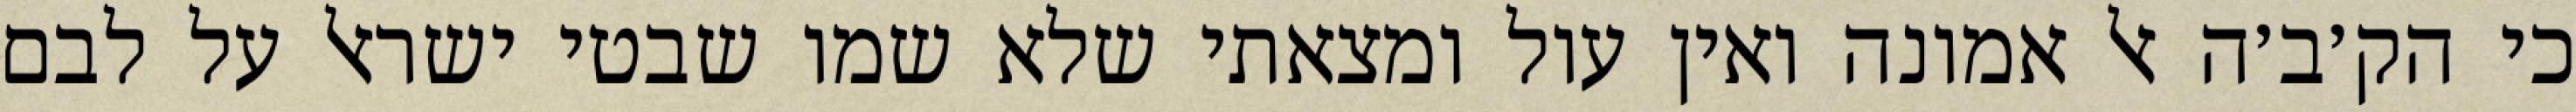
כי הק׳ב׳ה אל אמונה ואין עול ומצאתי שלא שמו שבטי ישראל על לבם